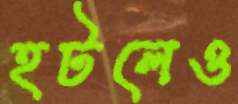
হটলেও